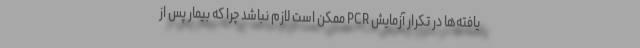
یافته‌ها در تکرار آزمایش PCR ممکن است لازم نباشد چرا که بیمار پس از